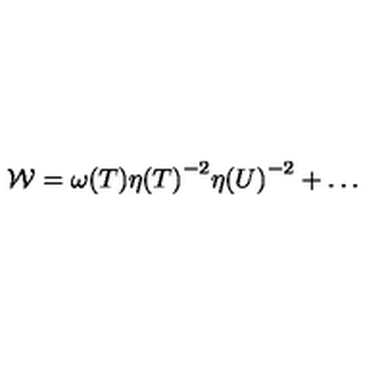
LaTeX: { \cal W } = { \omega ( T ) } { \eta ( T ) } ^ { - 2 } { \eta ( U ) } ^ { - 2 } + { \dots }